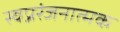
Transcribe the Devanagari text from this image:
स्वप्नरंजनात्मक